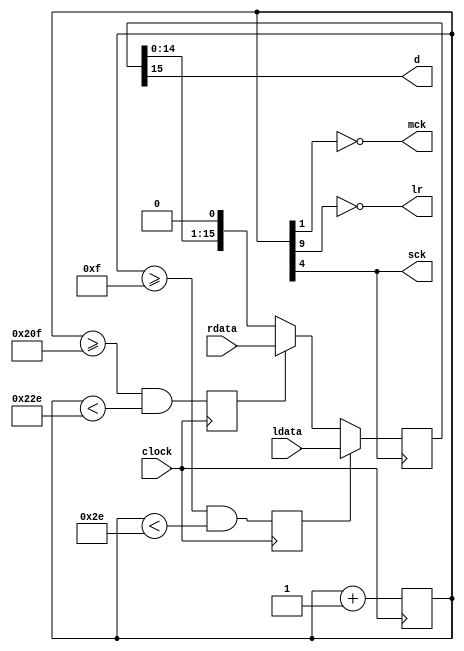
//-------------------------------------------------------------------------------------------------
module i2s
//-------------------------------------------------------------------------------------------------
(
	input  wire       clock,
	input  wire[15:0] ldata,
	input  wire[15:0] rdata,
	output wire       mck,
	output wire       sck,
	output wire       lr,
	output wire       d
);
//-------------------------------------------------------------------------------------------------

reg[9:0] cc;

reg lload;
reg rload;

always @(posedge clock)
begin
	cc <= cc+1'd1;

	lload <= cc >= 10'h00F && cc < 10'h02E;
	rload <= cc >= 10'h20F && cc < 10'h22E;
end

//-------------------------------------------------------------------------------------------------

reg[15:0] sr;
always @(negedge sck) 
	if(lload) sr <= ldata; 
	else if(rload) sr <= rdata; 
	else sr <= { sr[14:0], 1'b0 };

//-------------------------------------------------------------------------------------------------

assign mck = ~cc[ 1]; // DAC master clock (12.5 MHz)
assign sck =  cc[ 4]; // serial data clock (1.56 MHz) also sent to DAC as SCK
assign lr  = ~cc[ 9]; // audio sampling rate (48.8 kHz) also sent to DAC as left/right clock
assign d   =  sr[15]; // serial data to DAC is MSBit of SREG

//-------------------------------------------------------------------------------------------------
endmodule
//-------------------------------------------------------------------------------------------------